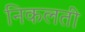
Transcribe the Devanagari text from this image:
निकलती